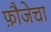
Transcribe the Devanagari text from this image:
फ़ौजेचा